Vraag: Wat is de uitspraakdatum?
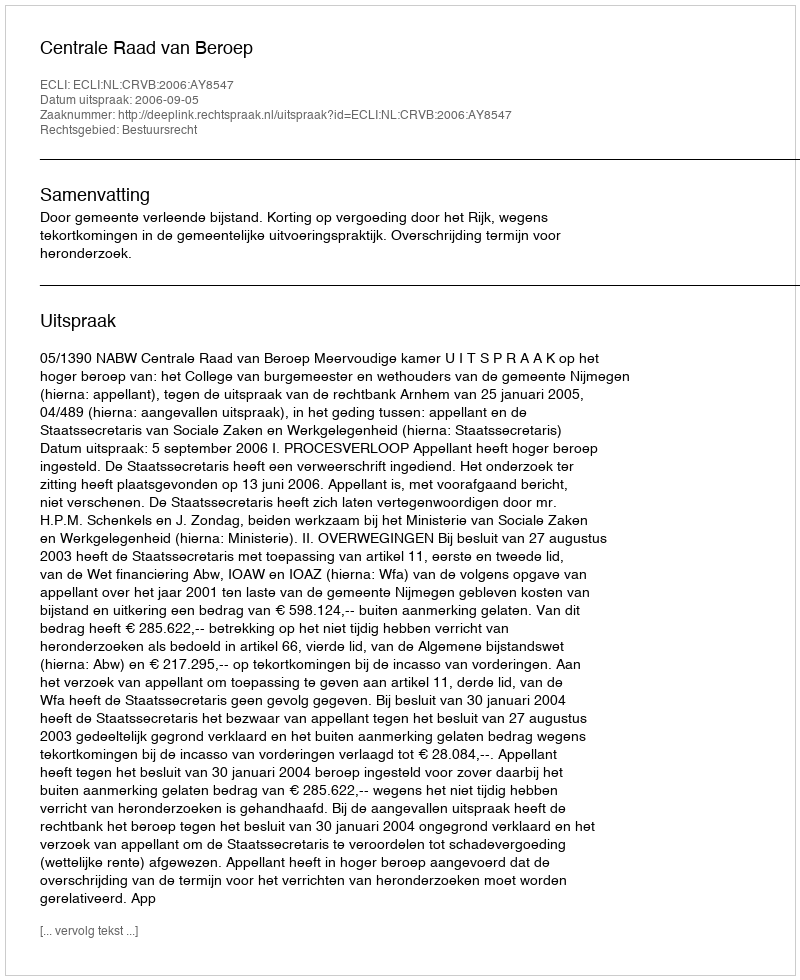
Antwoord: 2006-09-05